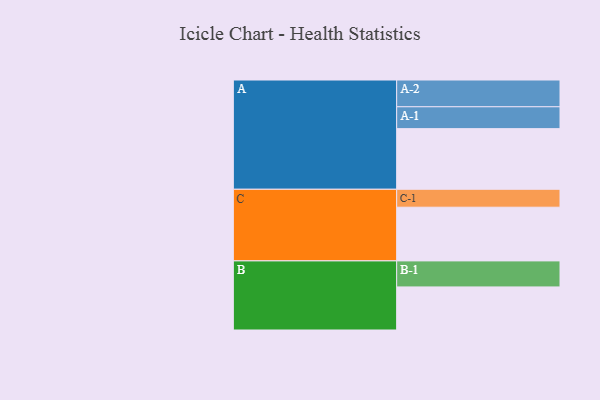
{"axis": {"x": "Segment", "y": "Value"}, "legend": ["", "A", "B", "C"], "data": [{"x": "A", "y": 480, "type": ""}, {"x": "B", "y": 341, "type": ""}, {"x": "C", "y": 425, "type": ""}, {"x": "A-1", "y": 173, "type": "A"}, {"x": "A-2", "y": 212, "type": "A"}, {"x": "B-1", "y": 206, "type": "B"}, {"x": "C-1", "y": 142, "type": "C"}]}